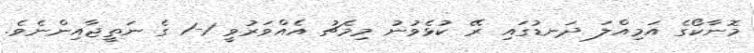
މޮނާކޯގެ އަމިއްލަ ދަނޑުގައި ރޭ ކުޅެވުނު މިމެޗު އެއްވަރުވީ 1-1 ގެ ނަތީޖާއިންނެވެ.